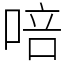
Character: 㖣